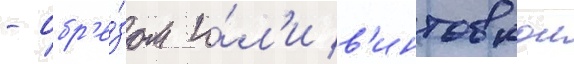
- обр'е́зом и́л'и в'интовкои